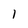
Character: 1